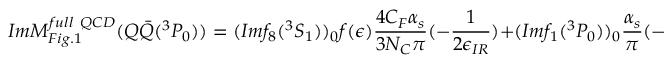
I m { \cal M } _ { F i g . 1 } ^ { f u l l ~ Q C D } ( Q \bar { Q } ( ^ { 3 } P _ { 0 } ) ) = ( I m f _ { 8 } ( ^ { 3 } S _ { 1 } ) ) _ { 0 } f ( \epsilon ) \frac { 4 C _ { F } \alpha _ { s } } { 3 N _ { C } \pi } ( - \frac { 1 } { 2 \epsilon _ { I R } } ) + ( I m f _ { 1 } ( ^ { 3 } P _ { 0 } ) ) _ { 0 } \frac { \alpha _ { s } } { \pi } ( - \frac { 5 8 n _ { f } } { 8 1 } - \sum _ { i } \frac { 2 } { 3 } l n \frac { m _ { i } } { 2 m } ) ,